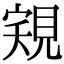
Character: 𧠽